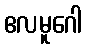
ဧလမူဂေါ